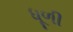
ધૂળી